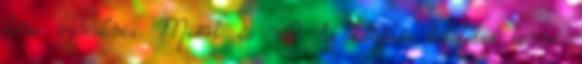
kéne vonulnia. Miért is ne? Az időzítés tökéletes lenne.